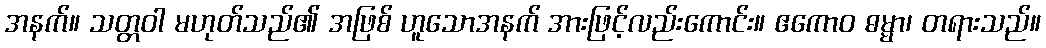
အနက်။ သတ္တဝါ မဟုတ်သည်၏ အဖြစ် ဟူသောအနက် အားဖြင့်လည်းကောင်း။ ဧကောဝ ဓမ္မာ၊ တရားသည်။